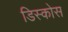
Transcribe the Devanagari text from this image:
डिस्कोस